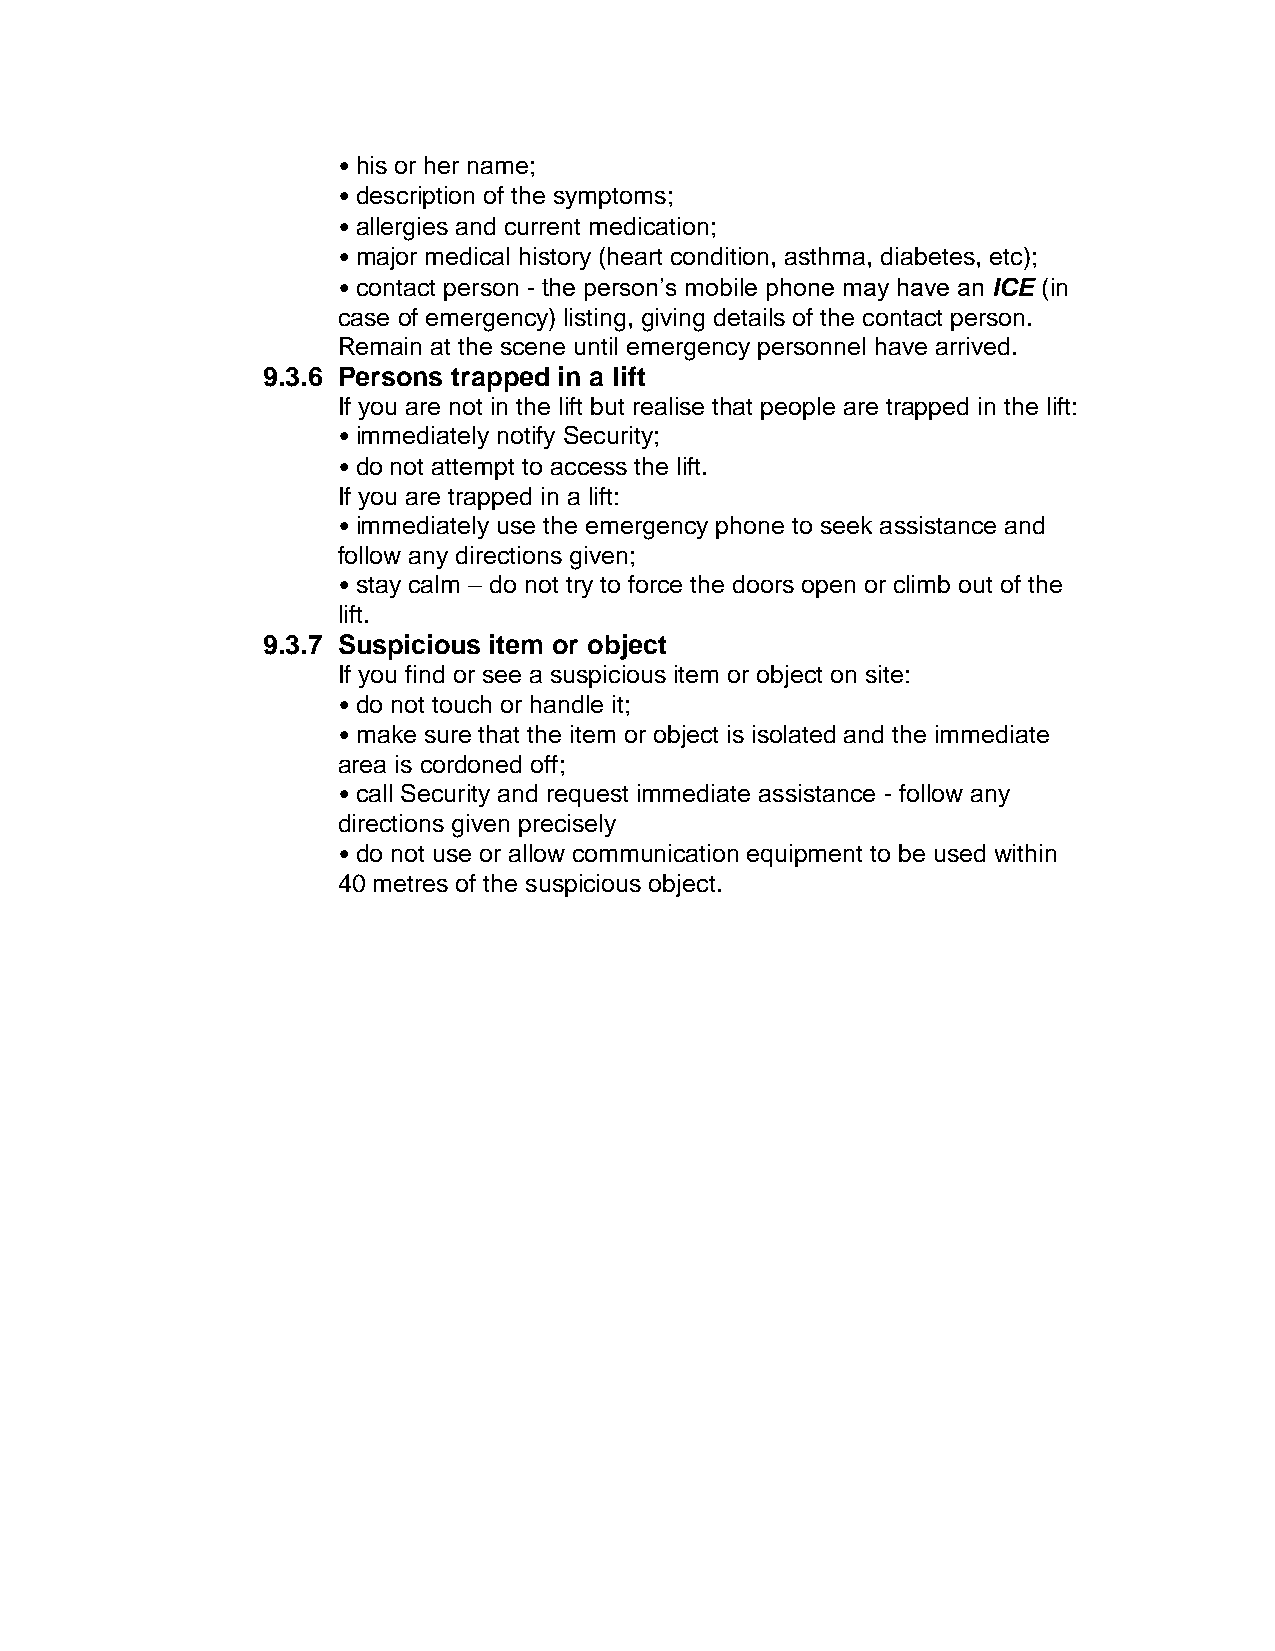
• his or her name;
 • description of the symptoms;
 • allergies and current medication;
 • major medical history (heart condition, asthma, diabetes, etc);
 • contact person - the person’s mobile phone may have an ICE (in
 case of emergency) listing, giving details of the contact person.
 Remain at the scene until emergency personnel have arrived.
 9.3.6 Persons trapped in a lift
 If you are not in the lift but realise that people are trapped in the lift:
 • immediately notify Security;
 • do not attempt to access the lift.
 If you are trapped in a lift:
 • immediately use the emergency phone to seek assistance and
 follow any directions given;
 • stay calm – do not try to force the doors open or climb out of the
 lift.
 9.3.7 Suspicious item or object
 If you find or see a suspicious item or object on site:
 • do not touch or handle it;
 • make sure that the item or object is isolated and the immediate
 area is cordoned off;
 • call Security and request immediate assistance - follow any
 directions given precisely
 • do not use or allow communication equipment to be used within
 40 metres of the suspicious object.